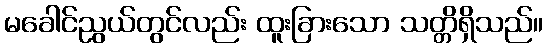
မခေါင်ညွယ်တွင်လည်း ထူးခြားသော သတ္တိရှိသည်။